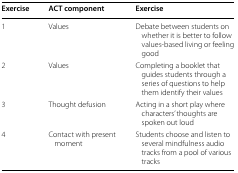
| Exercise | ACT component | Exercise |
 | --- | --- | --- |
 | 1 | Values | Debate between students on whether it is better to follow values-based living or feeling good |
 | 2 | Values | Completing a booklet that guides students through a series of questions to help them identify their values |
 | 3 | Thought defusion | Acting in a short play where characters’ thoughts are spoken out loud |
 | 4 | Contact with present moment | Students choose and listen to several mindfulness audio tracks from a pool of various tracks |